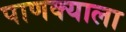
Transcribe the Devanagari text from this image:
पाणक्याला